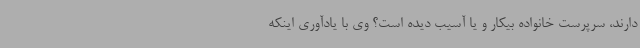
دارند، سرپرست خانواده بیکار و یا آسیب دیده است؟ وی با یادآوری اینکه